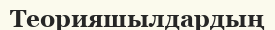
Теорияшылдардың